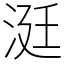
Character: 涏